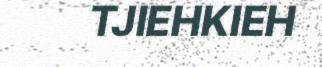
TJIEHKIEH